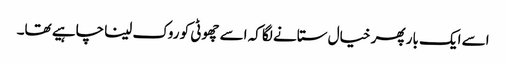
اسے ایک بار پھر خیال ستانے لگا کہ اسے چھوٹی کو روک لینا چاہیے تھا۔